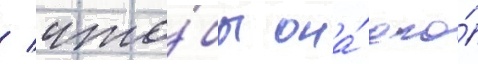
/ что́бы она́ его́